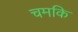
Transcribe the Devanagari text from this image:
चमकि